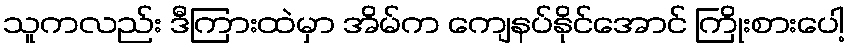
သူကလည်း ဒီကြားထဲမှာ အိမ်က ကျေနပ်နိုင်အောင် ကြိုးစားပေါ့